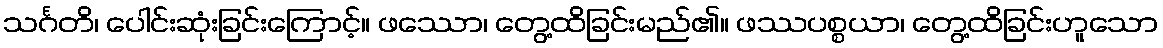
သင်္ဂတိ၊ ပေါင်းဆုံးခြင်းကြောင့်။ ဖဿော၊ တွေ့ထိခြင်းမည်၏။ ဖဿပစ္စယာ၊ တွေ့ထိခြင်းဟူသော